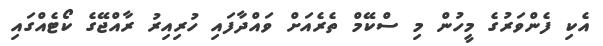
އެކި ފެންވަރުގެ މީހުން މި ސްކޭމް ތެރެއަށް ވައްދާފައި ހުރިއިރު ރާއްޖޭގެ ކޯޓެއްގައި